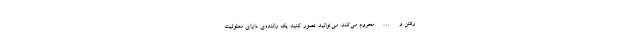
رفتن و … محروم می‌کند. می‌توانید تصور کنید یک راننده‌ی دارای معلولیت